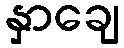
နှာချေ